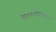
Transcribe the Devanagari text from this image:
विश्‍वविद्यालय